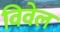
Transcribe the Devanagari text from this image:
विवेल